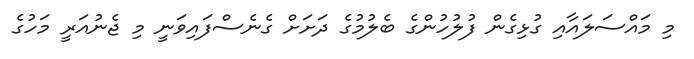
މި މައްސަލައާއި ގުޅިގެން ފުލުހުންގެ ބެލުމުގެ ދަށަށް ގެނެސްފައިވަނީ މި ޖެނުއަރީ މަހުގެ